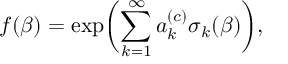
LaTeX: f ( \beta ) = \exp \biggl ( \sum _ { k = 1 } ^ { \infty } a _ { k } ^ { ( c ) } \sigma _ { k } ( \beta ) \biggr ) ,